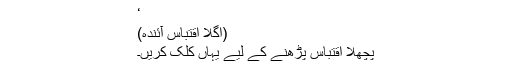
‘
(اگلا اقتباس آئندہ)
پچھلا اقتباس پڑھنے کے لیے یہاں کلک کریں۔